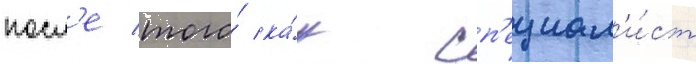
посл'е того́ ка́к сп'ециал'и́ст